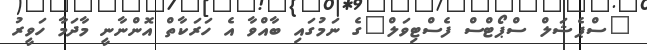
"ސްޕެޝަލް ސްޕޯޓްސް ފެސްޓިވަލް"ގެ ނަމުގައި ބާއްވާ އެ ހަރަކާތް އޮންނާނީ މާދަމާ ހަވީރު